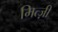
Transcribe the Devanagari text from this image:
मित्ज़ी